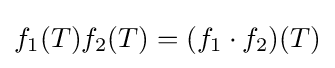
f_{1}(T)f_{2}(T)=(f_{1}\cdot f_{2})(T)